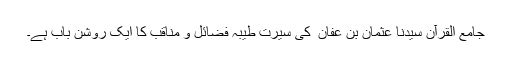
جامع القرآن سیدنا عثمان بن عفان ؓ کی سیرتِ طیبہ فضائل و مناقب کا ایک روشن باب ہے۔